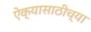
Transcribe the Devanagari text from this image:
ऐक्यासाठीच्या